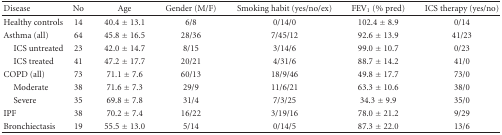
| Disease | No | Age | Gender (M/F) | Smoking habit (yes/no/ex) | FEV1 (% pred) | ICS therapy (yes/no) |
 | --- | --- | --- | --- | --- | --- | --- |
 | Healthy controls | 14 | 40.4 ± 13.1 | 6/8 | 0/14/0 | 102.4 ± 8.9 | 0/14 |
 | Asthma (all) | 64 | 45.8 ± 16.5 | 28/36 | 7/45/12 | 92.6 ± 13.9 | 41/23 |
 | ICS untreated | 23 | 42.0 ± 14.7 | 8/15 | 3/14/6 | 99.0 ± 10.7 | 0/23 |
 | ICS treated | 41 | 47.2 ± 17.7 | 20/21 | 4/31/6 | 88.7 ± 14.2 | 41/0 |
 | COPD (all) | 73 | 71.1 ± 7.6 | 60/13 | 18/9/46 | 49.8 ± 17.7 | 73/0 |
 | Moderate | 38 | 71.6 ± 7.3 | 29/9 | 11/6/21 | 63.3 ± 10.6 | 38/0 |
 | Severe | 35 | 69.8 ± 7.8 | 31/4 | 7/3/25 | 34.3 ± 9.9 | 35/0 |
 | IPF | 38 | 70.2 ± 7.4 | 16/22 | 3/19/16 | 78.0 ± 21.2 | 9/29 |
 | Bronchiectasis | 19 | 55.5 ± 13.0 | 5/14 | 0/14/5 | 87.3 ± 22.0 | 13/6 |